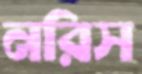
নরিস